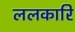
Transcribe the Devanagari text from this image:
ललकारि